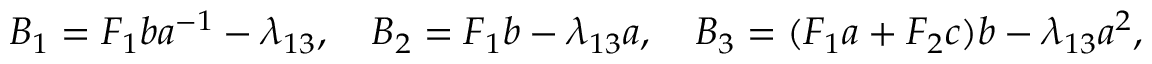
B _ { 1 } = F _ { 1 } b a ^ { - 1 } - \lambda _ { 1 3 } , \quad B _ { 2 } = F _ { 1 } b - \lambda _ { 1 3 } a , \quad B _ { 3 } = ( F _ { 1 } a + F _ { 2 } c ) b - \lambda _ { 1 3 } a ^ { 2 } ,